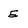
Character: E